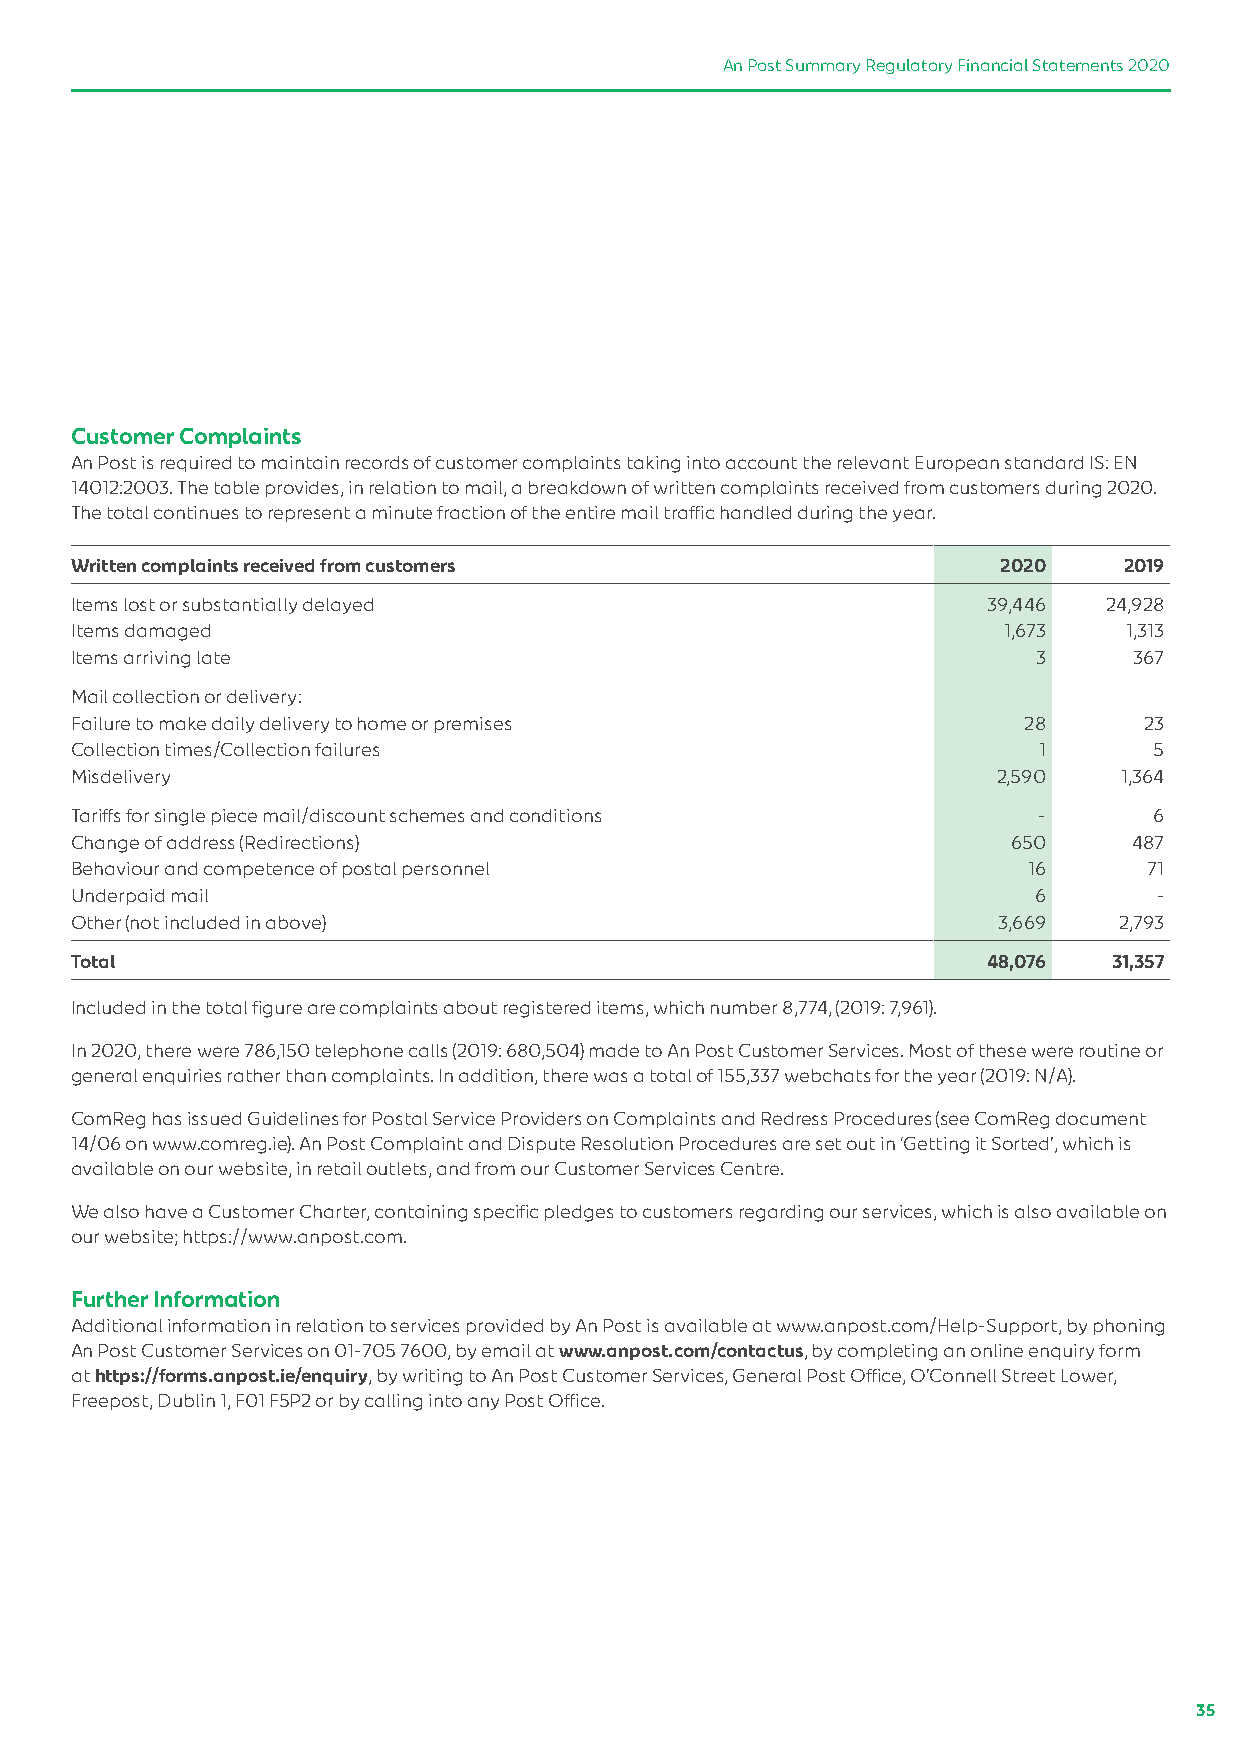
An Post Summary Regulatory Financial Statements 2020
 Customer Complaints
 An Post is required to maintain records of customer complaints taking into account the relevant European standard IS: EN
 14012:2003. The table provides, in relation to mail, a breakdown of written complaints received from customers during 2020.
 The total continues to represent a minute fraction of the entire mail traffic handled during the year.
 Written complaints received from customers                   2020    2019
 Items lost or substantially delayed                         39,446  24,928
 Items damaged                                                1,673   1,313
 Items arriving late                                             3     367
 Mail collection or delivery:
 Failure to make daily delivery to home or premises             28      23
 Collection times/Collection failures                            1      5
 Misdelivery                                                  2,590   1,364
 Tariffs for single piece mail/discount schemes and conditions   ‑      6
 Change of address (Redirections)                              650     487
 Behaviour and competence of postal personnel                   16      71
 Underpaid mail                                                 6        ‑
 Other (not included in above)                                3,669   2,793
 Total                                                       48,076   31,357
 Included in the total figure are complaints about registered items, which number 8,774, (2019: 7,961).
 In 2020, there were 786,150 telephone calls (2019: 680,504) made to An Post Customer Services. Most of these were routine or
 general enquiries rather than complaints. In addition, there was a total of 155,337 webchats for the year (2019: N/A).
 ComReg has issued Guidelines for Postal Service Providers on Complaints and Redress Procedures (see ComReg document
 14/06 on www.comreg.ie). An Post Complaint and Dispute Resolution Procedures are set out in ‘Getting it Sorted’, which is
 available on our website, in retail outlets, and from our Customer Services Centre.
 We also have a Customer Charter, containing specific pledges to customers regarding our services, which is also available on
 our website; https://www.anpost.com.
 Further Information
 Additional information in relation to services provided by An Post is available at www.anpost.com/Help‑Support, by phoning
 An Post Customer Services on 01‑705 7600, by email at www.anpost.com/contactus, by completing an online enquiry form
 at https://forms.anpost.ie/enquiry, by writing to An Post Customer Services, General Post Office, O’Connell Street Lower,
 Freepost, Dublin 1, F01 F5P2 or by calling into any Post Office.
 35